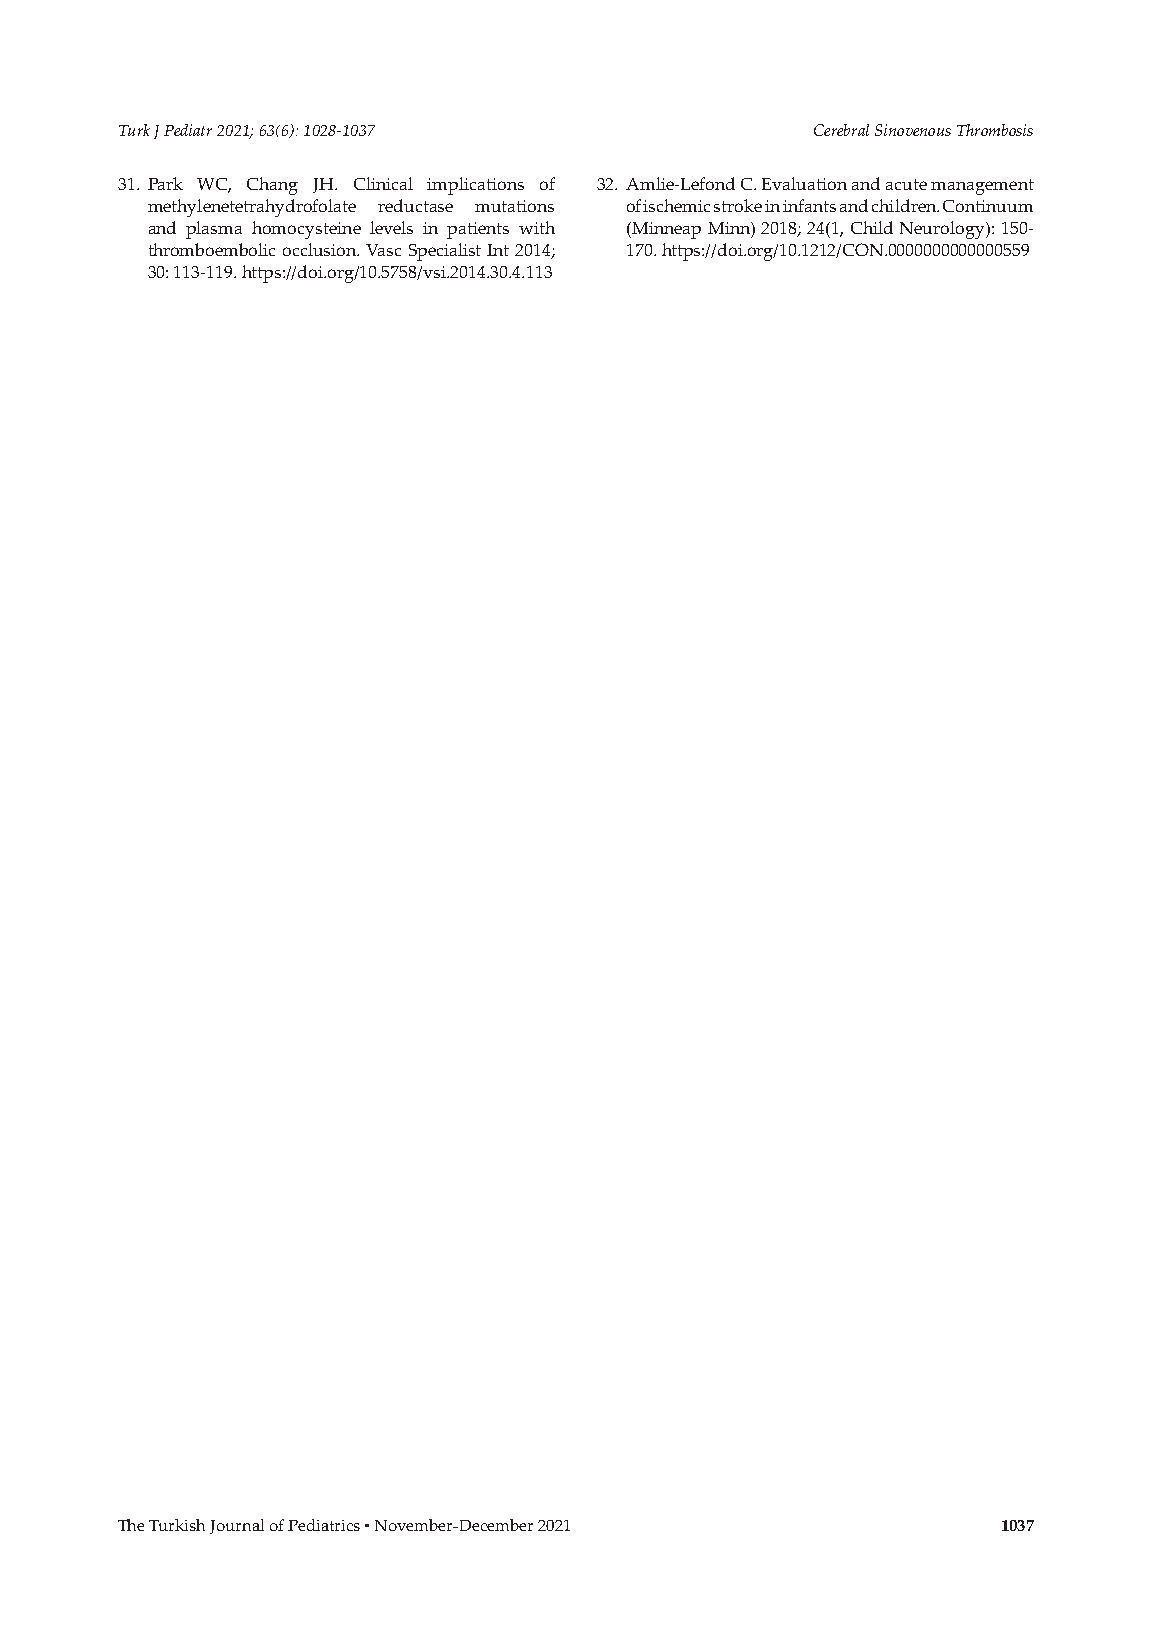
Turk J Pediatr 2021; 63(6): 1028-1037         Cerebral Sinovenous Thrombosis
 31. Park WC, Chang JH. Clinical implications of 32. Amlie-Lefond C. Evaluation and acute management
 methylenetetrahydrofolate reductase mutations of ischemic stroke in infants and children. Continuum
 and plasma homocysteine levels in patients with (Minneap Minn) 2018; 24(1, Child Neurology): 150-
 thromboembolic occlusion. Vasc Specialist Int 2014; 170. https://doi.org/10.1212/CON.0000000000000559
 30: 113-119. https://doi.org/10.5758/vsi.2014.30.4.113
 The Turkish Journal of Pediatrics ▪ November-December 2021 1037